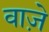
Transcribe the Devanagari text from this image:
वाजे़